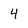
Character: 4